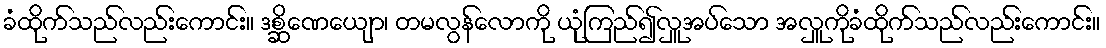
ခံထိုက်သည်လည်းကောင်း။ ဒစ္ဆိဏေယျော၊ တမလွန်လောကို ယုံကြည်၍လှူအပ်သော အလှူကိုခံထိုက်သည်လည်းကောင်း။